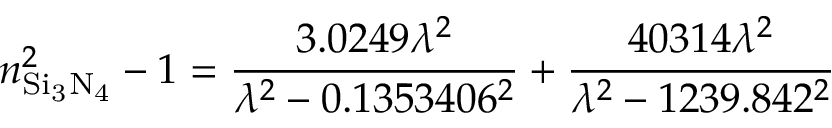
n _ { \mathrm { S i _ { 3 } N _ { 4 } } } ^ { 2 } - 1 = \frac { 3 . 0 2 4 9 \lambda ^ { 2 } } { \lambda ^ { 2 } - 0 . 1 3 5 3 4 0 6 ^ { 2 } } + \frac { 4 0 3 1 4 \lambda ^ { 2 } } { \lambda ^ { 2 } - 1 2 3 9 . 8 4 2 ^ { 2 } }